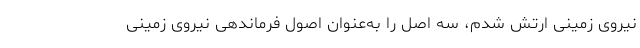
نیروی زمینی ارتش شدم، سه اصل را به‌عنوان اصول فرماندهی نیروی زمینی